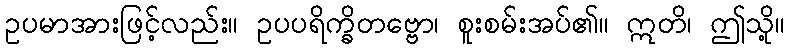
ဥပမာအားဖြင့်လည်း။ ဥပပရိက္ခိတဗ္ဗော၊ စူးစမ်းအပ်၏။ ဣတိ၊ ဤသို့။